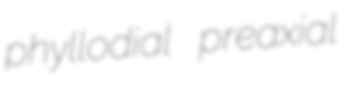
phyllodial preaxial